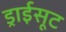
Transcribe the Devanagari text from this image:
ड्राईसूट